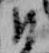
ひ